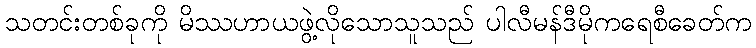
သတင်းတစ်ခုကို မိဿဟာယဖွဲ့လိုသောသူသည် ပါလီမန်ဒီမိုကရေစီခေတ်က